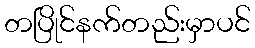
တပြိုင်နက်တည်းမှာပင်